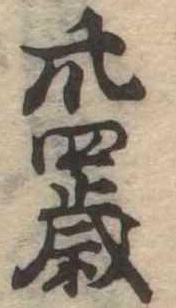
卅四歳